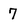
Character: 7